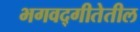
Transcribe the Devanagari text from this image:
भगवद्गीतेतील